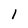
Character: 1